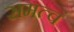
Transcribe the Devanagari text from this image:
समत्वं